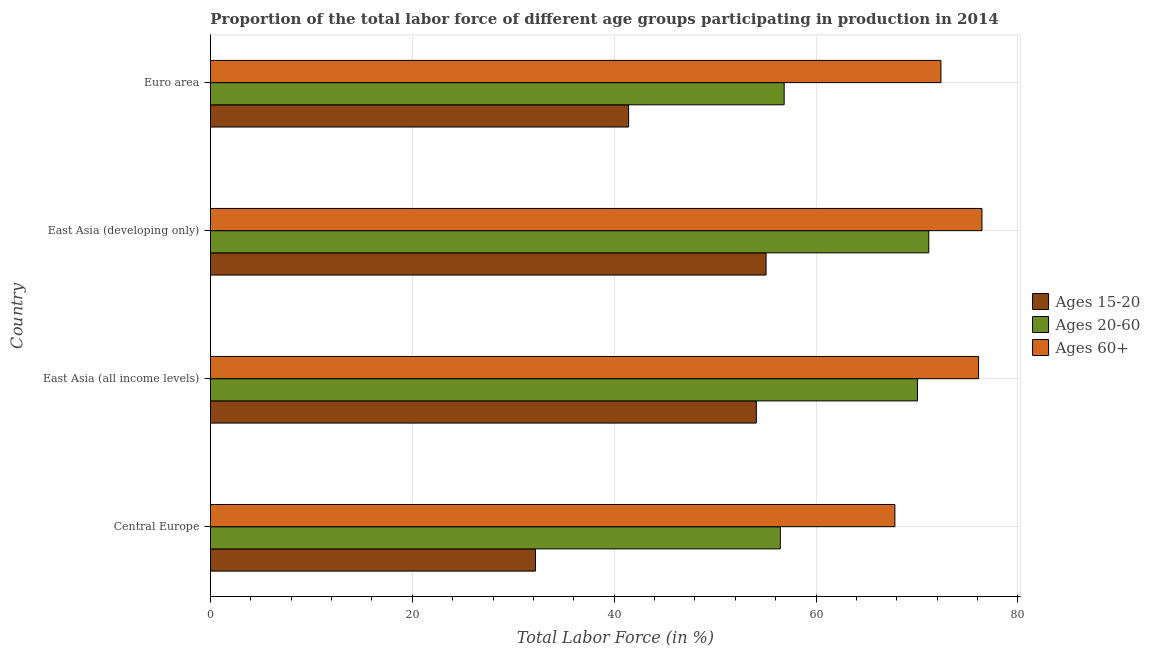
| Country | Ages 15-20 | Ages 20-60 | Ages 60+ |
 | --- | --- | --- | --- |
 | Central Europe | 32.2 | 56.5 | 67.8 |
 | East Asia (all income levels) | 54.1 | 70 | 76.1 |
 | East Asia (developing only) | 55 | 71.2 | 76.4 |
 | Euro area | 41.4 | 56.8 | 72.4 |